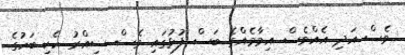
ވެސް އަދި އެއްވެސް އިމާމެއްގެ ބަސް ފުޅުގައި ވެސް ސިއްރު ހެކި ބަހުގެ